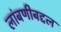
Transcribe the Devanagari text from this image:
लांबणीबद्दल